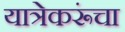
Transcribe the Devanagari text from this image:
यात्रेकरूंचा